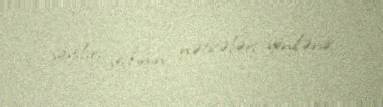
sayılır, seçkinin nəticələri yenilənir.